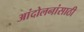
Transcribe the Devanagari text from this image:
आंदोलनांसाठी